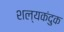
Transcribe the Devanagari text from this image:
शल्यकंदुक